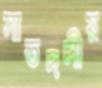
সাতদলীয়